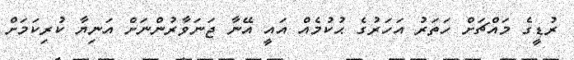
ރުޑީގެ މައްޗަށް ހަތަރު އަހަރުގެ ޙުކުމެއް އައީ އޭނާ ޖަނަވާރުންނަށް އަނިޔާ ކުރިކަމަށް